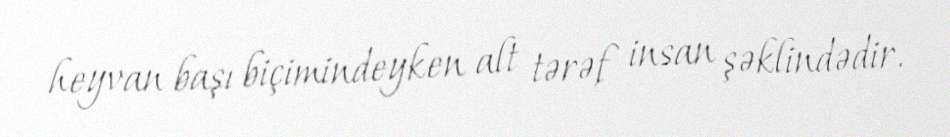
heyvan başı biçimindeyken alt tərəf insan şəklindədir.